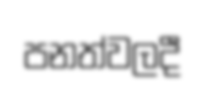
පනත්වලදී